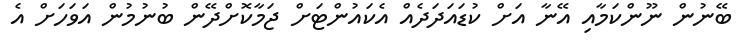
ބޭނުން ނޫންކަމާއި އޭނާ އަށް ކުޑައަދަދެއް އެކައުންޓަށް ޖަމާކޮށްދޭން ބުނުމުން އަވަހަށް އެ